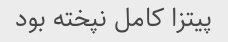
پیتزا کامل نپخته بود